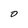
Character: 0